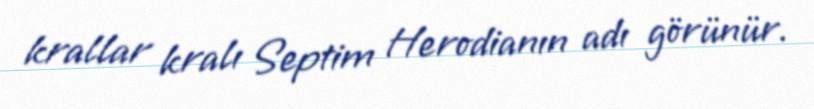
krallar kralı Septim Herodianın adı görünür.